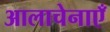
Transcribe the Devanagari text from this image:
आलाचेनाएँ